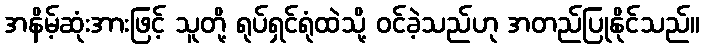
အနိမ့်ဆုံးအားဖြင့် သူတို့ ရုပ်ရှင်ရုံထဲသို့ ဝင်ခဲ့သည်ဟု အတည်ပြုနိုင်သည်။